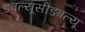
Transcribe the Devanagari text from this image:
डबल्यूसीडबल्यू